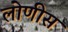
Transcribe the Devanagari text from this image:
लोणीस